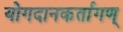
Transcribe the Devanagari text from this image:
योगदानकर्तागण्